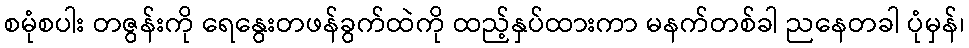
စမုံစပါး တဇွန်းကို ရေနွေးတဖန်ခွက်ထဲကို ထည့်နှပ်ထားကာ မနက်တစ်ခါ ညနေတခါ ပုံမှန်၊